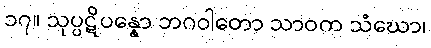
၁၇။ သုပ္ပဋိပန္နော ဘဂဝါတော သာဝက သံဃော၊